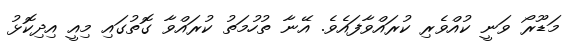
މަޑޫރޯ ވަނީ ކުއްވެރި ކުރައްވާފައެވެ. އޭނާ ތުހުމަތު ކުރައްވާ ގޮތުގައި މިއީ އިދިކޮޅު